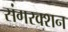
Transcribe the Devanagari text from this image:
संगरक्शन